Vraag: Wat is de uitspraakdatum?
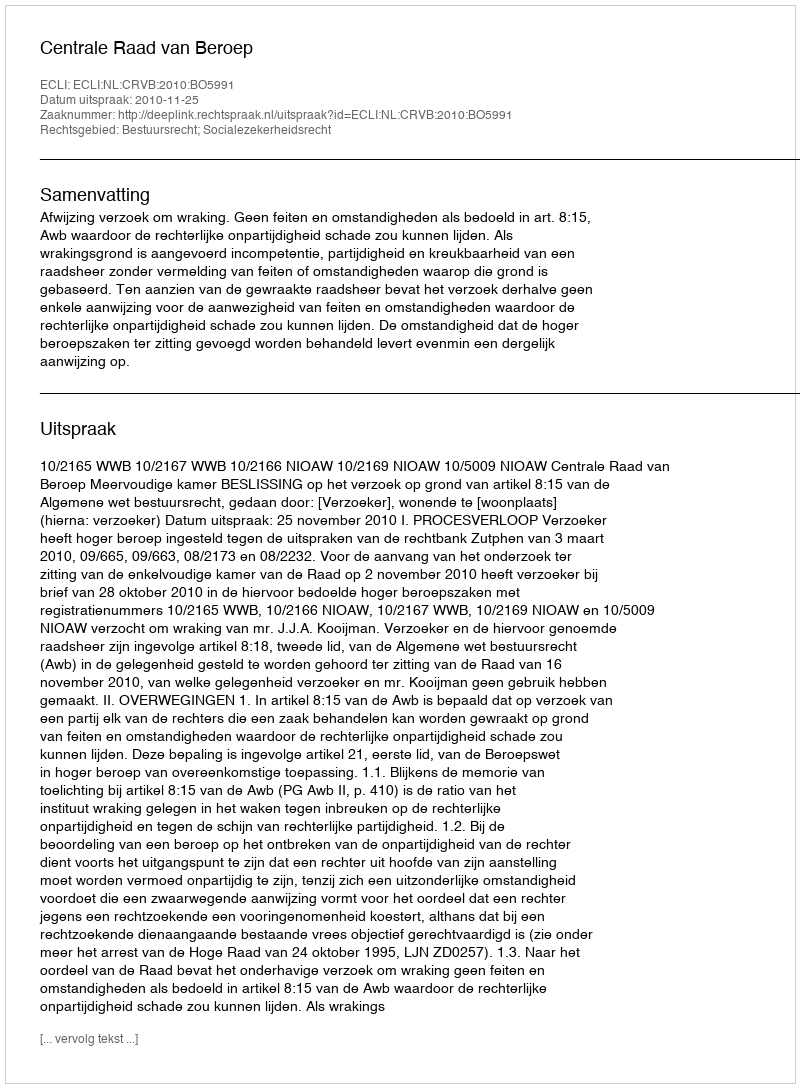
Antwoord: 2010-11-25